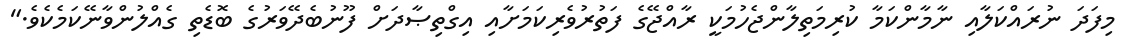
މިފަދަ ނުރައްކަލާއި ނާމާންކަމާ ކުރިމަތިލާންޖެހުމަކީ ރާއްޖޭގެ ފަތުރުވެރިކަމަށާއި އިގްތިޞާދަށް ފޫނުބެދޭވަރުގެ ބޮޑެތި ގެއްލުންވާނޭކަމެކެވެ."